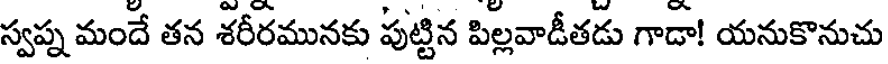
స్వప్న మందే తన శరీరమునకు పుట్టిన పిల్లవాడీతడు గాడా! యనుకొనుచు